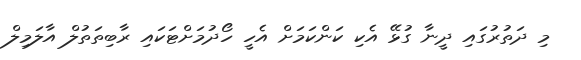
މި ދަތުރުގައި ދީނާ ގުޅޭ އެކި ކަންކަމަށް އެހީ ހޯދުމަށްޓަކައި ރާބިތަތުލް އާލަމިލް